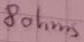
Text: 8Ω